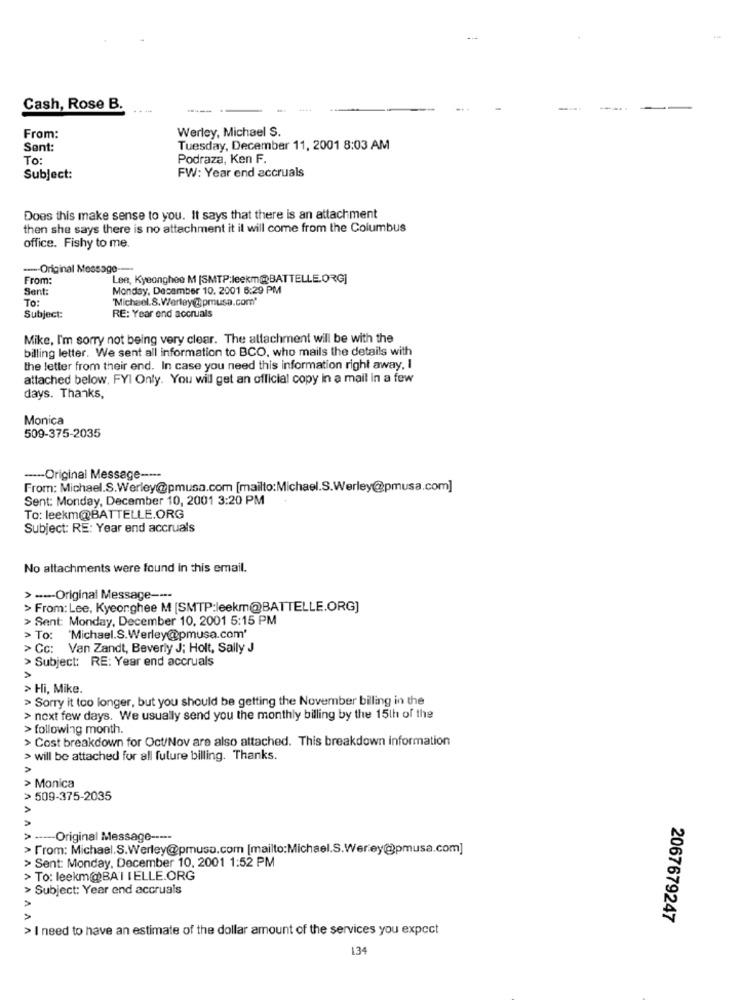
Cash, Rose B.
----
Werley, Michael S.
From:
Sent:
Tuesday, December 11, 2001 8:03 AM
To:
Podraza, Ken F.
Subject:
FW: Year end accruals
Does this make sense to you. It says that there is an attachment
then she says there is no attachment it il will come from the Columbus
office. Fishy to me.
--- Original Message ---
From:
Lee, Kyeonghee M [SMTP:leekm@@BATTELLE.ORG]
Sent:
Monday, December 10. 2001 6:29 PM
To:
"Michael. 8.Werley@pmusa.com'
Subject:
RE: Year end accruals
Mike, I'm sorry not being very clear. The attachment will be with the
billing letter. We sent all information to BCO, who mails the details with
the letter from their end. In case you need this information right away, I
attached below, FYI Only. You will get an official copy In a mail in a few
days. Thanks,
Monica
509-375-2035
---- Original Message -----
From: Michael.S.Werley@pmusa.com [mailto:Michael.S.Werley@pmusa.com]
Sent: Monday, December 10, 2001 3:20 PM
To: leekm@BATTELLE.ORG
Subject: RE: Year end accruals
No attachments were found in this email.
> ---- Original Message ----
> From: Lee, Kyeorghee M [SMTP:leekm@BATTELLE.ORG]
> Sent: Monday, December 10, 2001 5:15 PM
> To: 'Michael. S.Werley@pmusa.com'
> Cc: Van Zandt, Beverly J; Holt, Sally J
> Subject: RE: Year end accruals
> Hi, Mike.
> Sorry it too longer, but you should be getting the November billing in the
> next few days. We usually send you the monthly billing by the 15th of the
> following month.
> Cost breakdown for Oct/Nov are also attached. This breakdown information
> will be attached for all future billing. Thanks.
> Monica
> 509-375-2035
· ---- Original Message -----
> From: Michael.S.Werley@pmuso.com [mailto:Michael.S.Werey@)pmusa.com]
> Sent: Monday, December 10, 2001 1:52 PM
> To: leekm@BAI IELLE.ORG
> Subject: Year end accruals
2067679247
> I need to have an estimate of the dollar amount of the services you expect
134